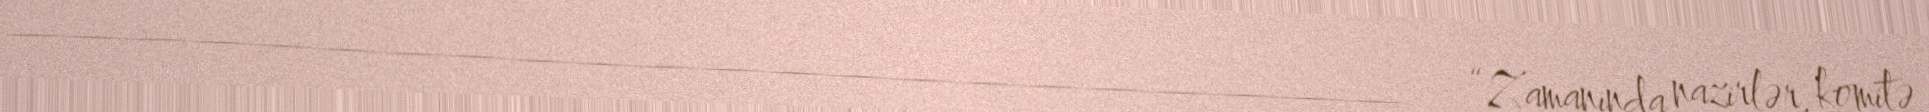
________________________________________________“Zamanında nazirlər, komitə